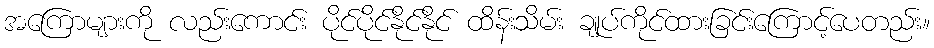
အကြောများကို လည်းကောင်း ပိုင်ပိုင်နိုင်နိုင် ထိန်းသိမ်း ချုပ်ကိုင်ထားခြင်းကြောင့်ပေတည်း။